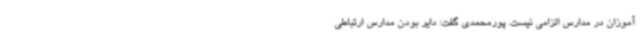
آموزان در مدارس الزامی نیست. پورمحمدی گفت: دایر بودن مدارس ارتباطی